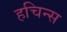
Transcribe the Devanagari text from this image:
हचिन्स